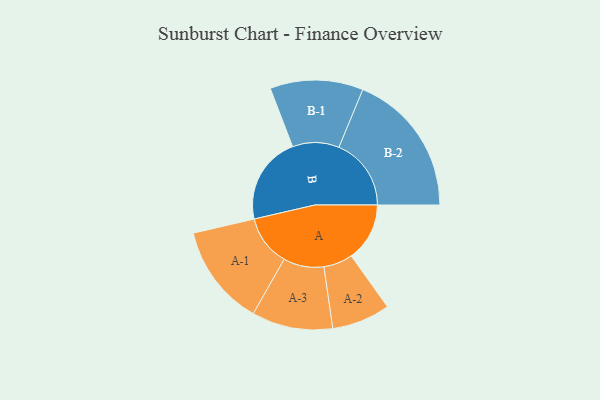
{"axis": {"x": "Segment", "y": "Value"}, "legend": ["", "A", "B"], "data": [{"x": "A", "y": 222, "type": ""}, {"x": "B", "y": 334, "type": ""}, {"x": "A-1", "y": 193, "type": "A"}, {"x": "A-2", "y": 111, "type": "A"}, {"x": "A-3", "y": 154, "type": "A"}, {"x": "B-1", "y": 177, "type": "B"}, {"x": "B-2", "y": 275, "type": "B"}]}